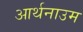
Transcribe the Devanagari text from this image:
आर्थनाउम